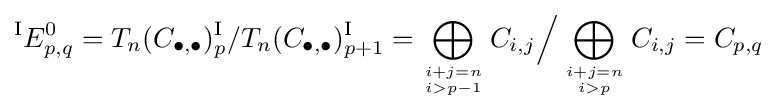
{}^{\textrm {I}}E_{p,q}^{0}=T_{n}(C_{\bullet ,\bullet })_{p}^{\textrm {I}}/T_{n}(C_{\bullet ,\bullet })_{p+1}^{\textrm {I}}=\bigoplus _{i+j=n \atop i>p-1}C_{i,j}{\Big /}\bigoplus _{i+j=n \atop i>p}C_{i,j}=C_{p,q}